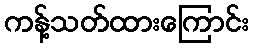
ကန့်သတ်ထားကြောင်း